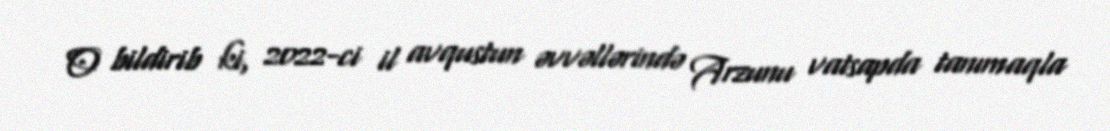
O bildirib ki, 2022-ci il avqustun əvvəllərində Arzunu vatsapda tanımaqla